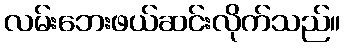
လမ်းဘေးဖယ်ဆင်းလိုက်သည်။